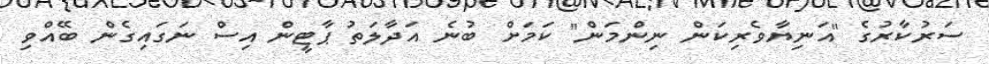
ސަރުކާރުގެ "އަނިޔާވެރިކަން ނިންމަން" ކަމަށް ބުނެ އަދާލަތު ޕާޓީން އިސް ނަގައިގެން ބޭއްވި